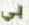
بي